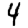
Digit: 4